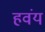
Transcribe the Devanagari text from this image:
हवंय